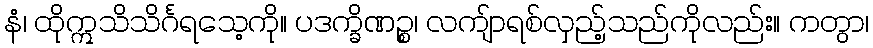
နံ၊ ထိုဣသိသိင်္ဂရသေ့ကို။ ပဒက္ခိဏဉ္စ၊ လကျ်ာရစ်လှည့်သည်ကိုလည်း။ ကတွာ၊